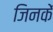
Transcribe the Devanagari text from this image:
जिनकें